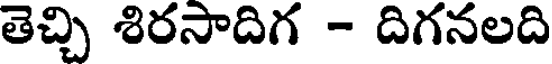
తెచ్చి శిరసాదిగ - దిగనలది